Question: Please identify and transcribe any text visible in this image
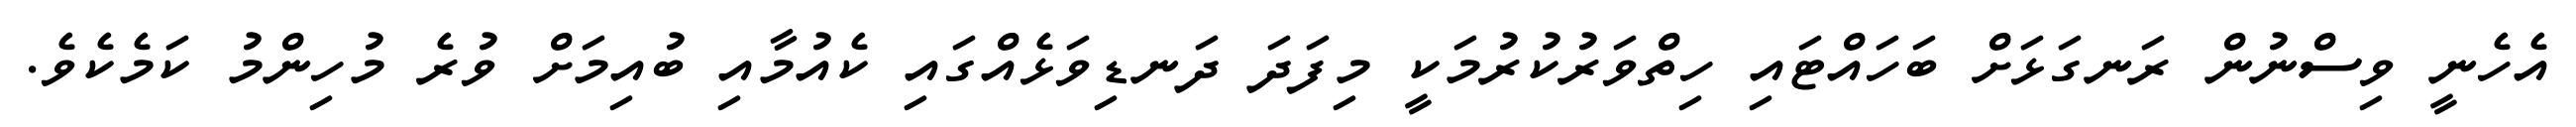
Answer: އެހެނީ ވިސްނުން ރަނގަޅަށް ބަހައްޓައި ހިތްވަރުކުރުމަކީ މިފަދަ ދަނޑިވަޅެއްގައި ކެއުމާއި ބުއިމަށް ވުރެ މުހިންމު ކަމެކެވެ.